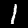
Digit: 1